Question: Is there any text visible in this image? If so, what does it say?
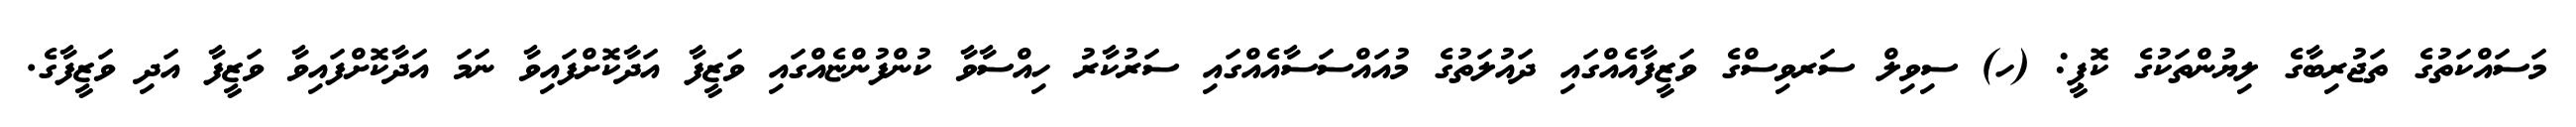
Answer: މަސައްކަތުގެ ތަޖުރިބާގެ ލިޔުންތަކުގެ ކޮޕީ: (ހ) ސިވިލް ސަރވިސްގެ ވަޒީފާއެއްގައި ދައުލަތުގެ މުއައްސަސާއެއްގައި ސަރުކާރު ހިއްސާވާ ކުންފުންޏެއްގައި ވަޒީފާ އަދާކޮށްފައިވާ ނަމަ އަދާކޮށްފައިވާ ވަޒީފާ އަދި ވަޒީފާގެ.